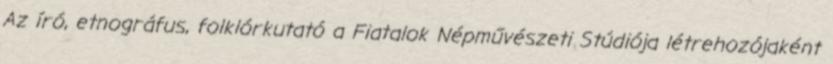
Az író, etnográfus, folklórkutató a Fiatalok Népművészeti Stúdiója létrehozójaként